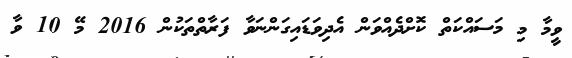
ވީމާ މި މަސައްކަތް ކޮށްދެއްވަން އެދިވަޑައިގަންނަވާ ފަރާތްތަކުން 2016 މޭ 10 ވާ